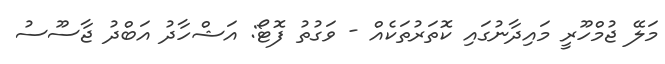
މަލޭ ޖުމްހޫރީ މައިދާނުގައި ކޮތަރުތަކެއް - ވަގުތު ފޮޓޯ: އަޝްހާދު އަބްދު ޖާސޫސު